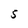
Character: 5